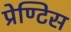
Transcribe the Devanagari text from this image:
प्रेण्टिस